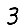
Digit: 3